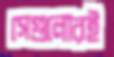
সেগুলোরই